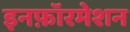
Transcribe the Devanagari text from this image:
इनफ़ॉरमेशन